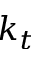
k _ { t }